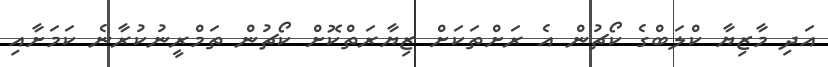
އަދި މާޒިޔާ ކްލަބްގެ ކޯޗުން އެ ރަށްތަކަށް ޒިޔާރަތްކޮށް ކޯޗުން ތަމްރީނުކުރާނެ ކަމަށާއި